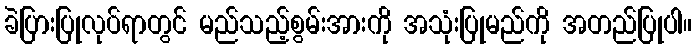
ခဲပြားပြုလုပ်ရာတွင် မည်သည့်စွမ်းအားကို အသုံးပြုမည်ကို အတည်ပြုပါ။